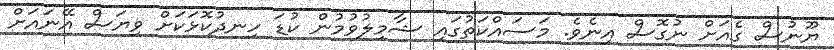
ޔޫނުސް ގެއަށް ނުގޮސް އިނެވެ. މަސައްކަތުގައި ޝާމިލުވުމުން ކުޑަ ހިނދުކޮޅަކަށް ވިޔަސް އޭނައަށް